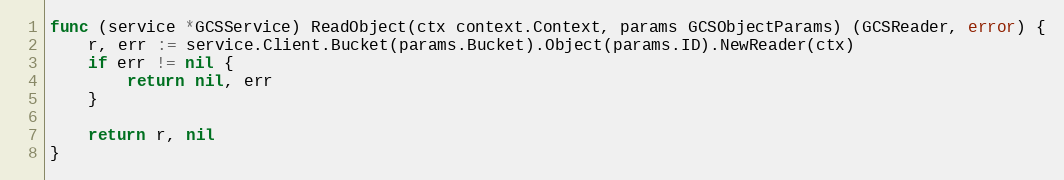
Language: Go
func (service *GCSService) ReadObject(ctx context.Context, params GCSObjectParams) (GCSReader, error) {
	r, err := service.Client.Bucket(params.Bucket).Object(params.ID).NewReader(ctx)
	if err != nil {
		return nil, err
	}

	return r, nil
}